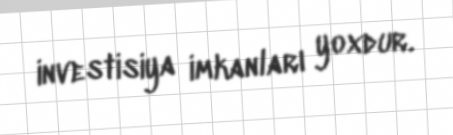
investisiya imkanları yoxdur.